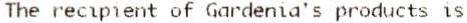
THE RECIPIENT OF GARDENIA'S PRODUCTS IS